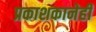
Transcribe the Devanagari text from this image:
प्रकाशकानेही